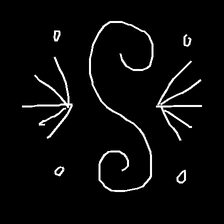
Glyph: aeroform